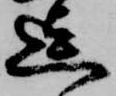
迄